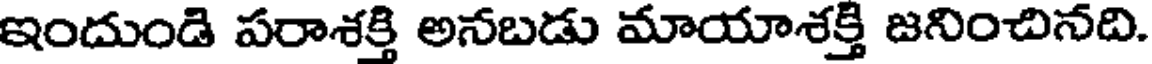
ఇందుండి పరాశక్తి అనబడు మాయాశక్తి జనించినది.